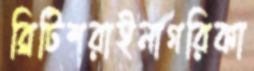
ব্রিটিশরাইনাগরিকা